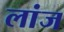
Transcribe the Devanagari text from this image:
लांज